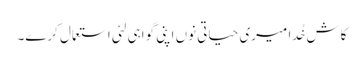
کاش خُدا میری حیاتی نوں اپنی گواہی لئی استعمال کرے۔